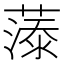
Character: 𮑓